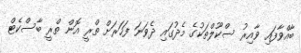
ބާއްވާފައި ވާއިރު ސްކޫލްތަކުގެ މެދުގައި ދެވަނަ ފަހަރަށް ތްރީ އޮން ތްރީ ބާސްކެޓް